Report of the Indian Hemp Drugs Commission, 1894-1895 - Volume III
Year: 1894
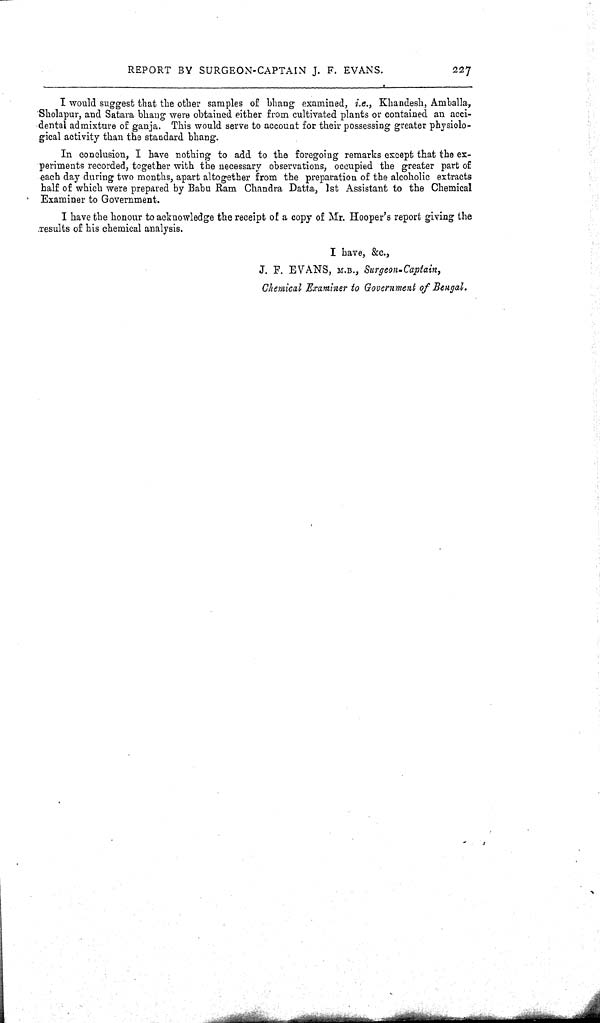
REPORT BY SURGEON-CAPTAIN J. F. EVANS.
227
I would suggest that the other samples of bhang examined, i.e., Khandesh, Amballa,
Sholapur, and Satara bhang were obtained either from cultivated plants or contained an acci-
dental admixture of ganja. This would serve to account for their possessing greater physiolo-
gical activity than the standard bhang.
In conclusion, I have nothing to add to the foregoing remarks except that the ex-
periments recorded, together with the necessary observations, occupied the greater part of
each day during two months, apart altogether from the preparation of the alcoholic extracts
half of which were prepared by Babu Ram Chandra Datta, 1st Assistant to the Chemical
Examiner to Government.
I have the honour to acknowledge the receipt of a copy of Mr. Hooper's report giving the
results of his chemical analysis.
I have, &c.,
J. F. EVANS, M.B., Surgeon-Captain,
Chemical Examiner to Government of Bengal.